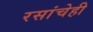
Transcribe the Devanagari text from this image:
रसांचेही